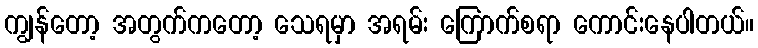
ကျွန်တော့ အတွက်ကတော့ သေရမှာ အရမ်း ကြောက်စရာ ကောင်းနေပါတယ်။